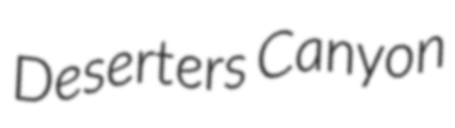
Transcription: Deserters Canyon